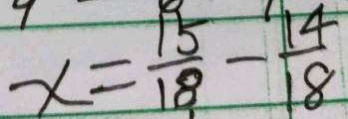
x = \frac { 1 5 } { 1 8 } - \frac { 1 4 } { 1 8 }